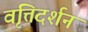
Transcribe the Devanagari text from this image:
वृत्तिदर्शन